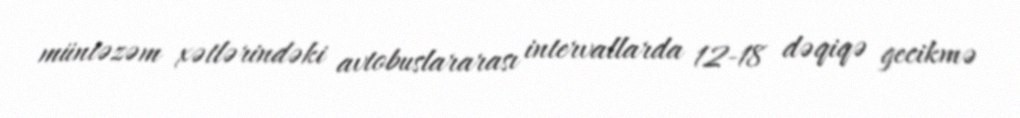
müntəzəm xətlərindəki avtobuslararası intervallarda 12-18 dəqiqə gecikmə